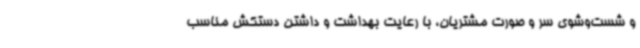
و شست‌وشوی سر و صورت مشتریان، با رعایت بهداشت و داشتن دستکش مناسب